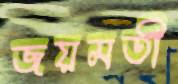
জয়মতী